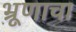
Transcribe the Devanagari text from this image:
भ्रूणाचा